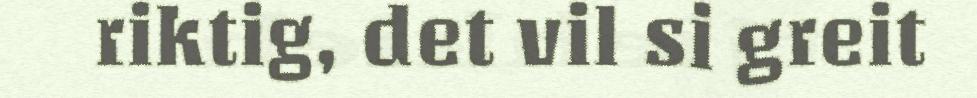
riktig, det vil si greit